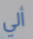
ألي